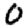
Digit: 0